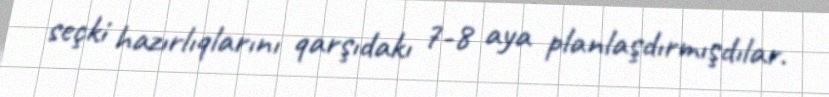
seçki hazırlıqlarını qarşıdakı 7-8 aya planlaşdırmışdılar.